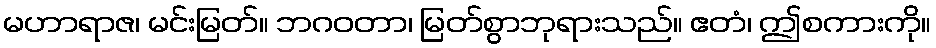
မဟာရာဇ၊ မင်းမြတ်။ ဘဂဝတာ၊ မြတ်စွာဘုရားသည်။ ဧတံ၊ ဤစကားကို။